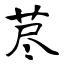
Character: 荩